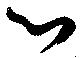
心